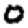
Digit: 0